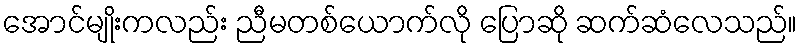
အောင်မျိုးကလည်း ညီမတစ်ယောက်လို ပြောဆို ဆက်ဆံလေသည်။